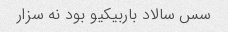
سس سالاد باربیکیو بود نه سزار